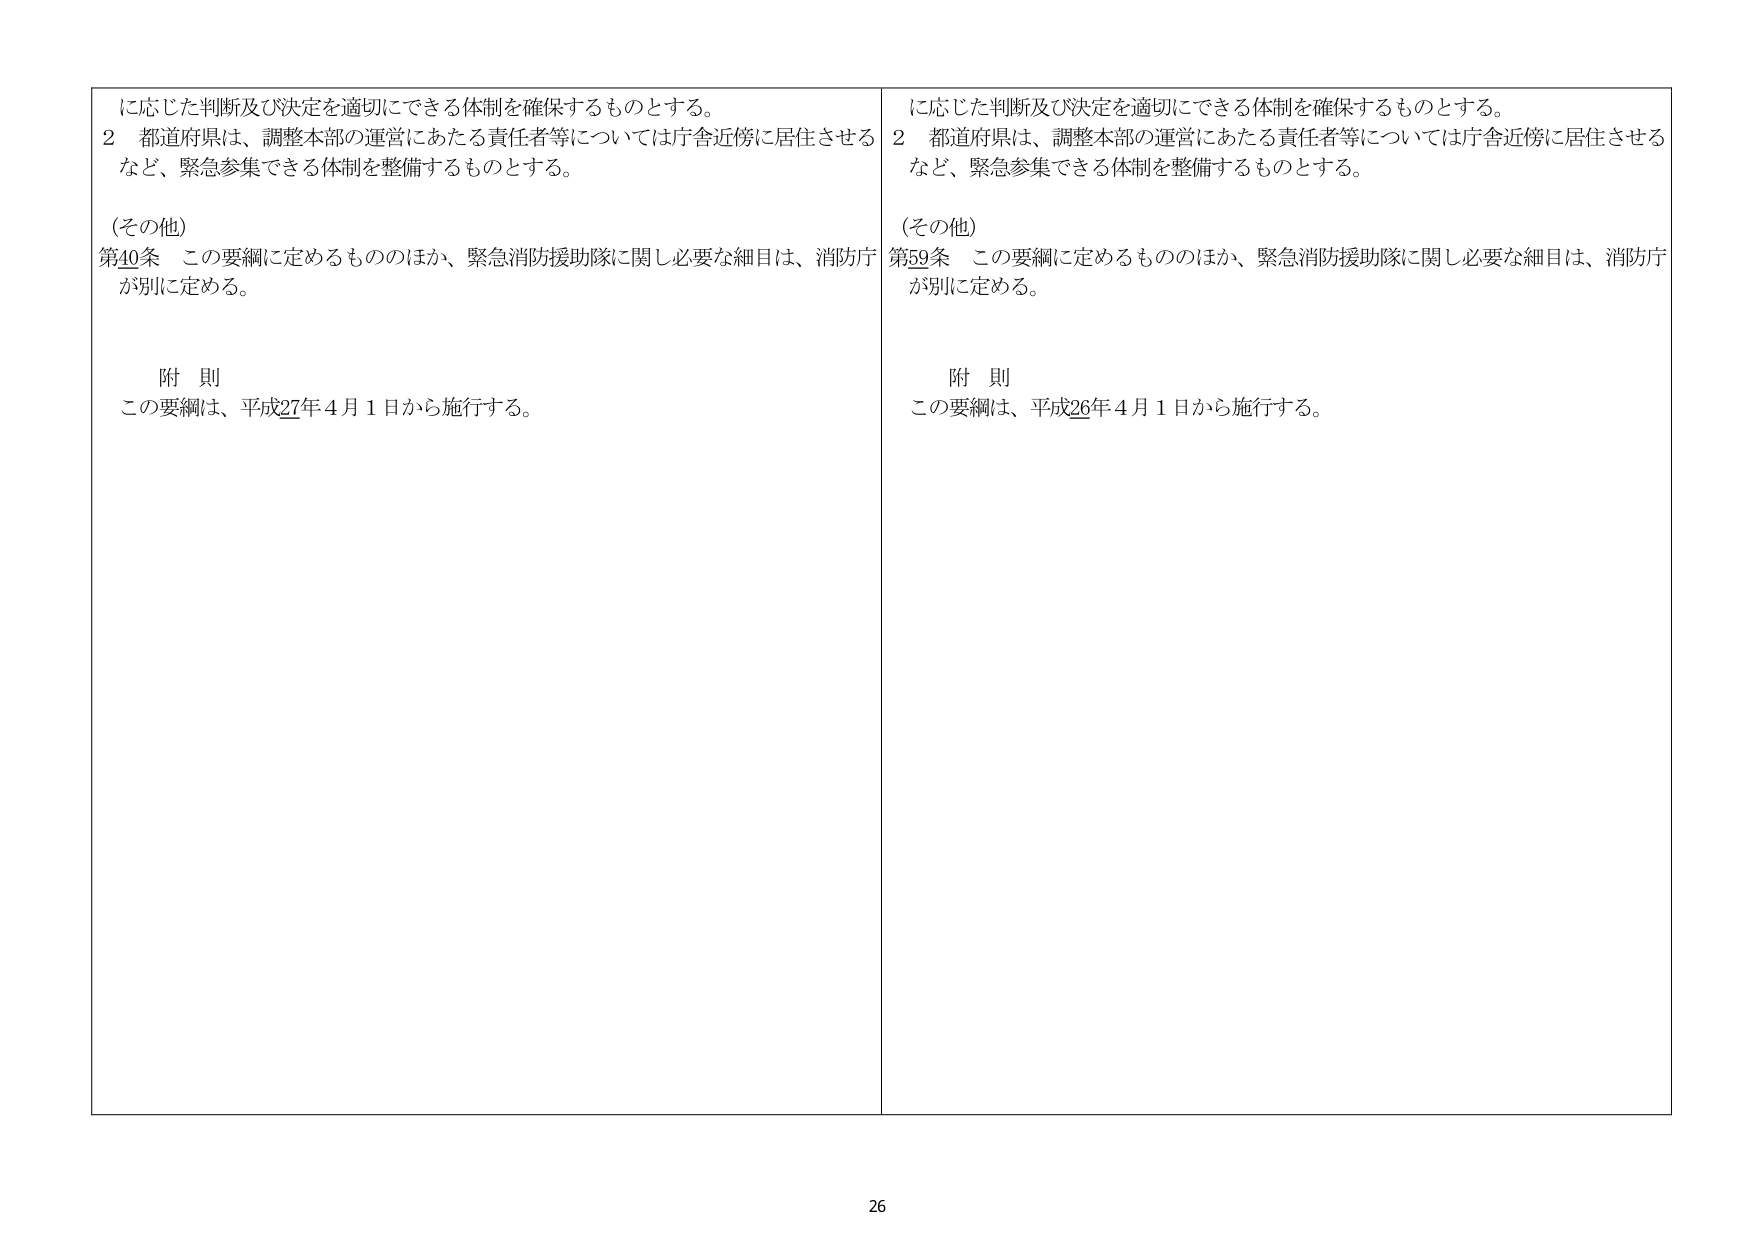
に応じた判断及び決定を適切にできる体制を確保するものとする。
２ 都道府県は、調整本部の運営にあたる責任者等については庁舎近傍に居住させる
など、緊急参集できる体制を整備するものとする。

（その他）
第40条 この要綱に定めるもののほか、緊急消防援助隊に関し必要な細目は、消防庁
が別に定める。

附 則
この要綱は、平成27年４月１日から施行する。

に応じた判断及び決定を適切にできる体制を確保するものとする。
２ 都道府県は、調整本部の運営にあたる責任者等については庁舎近傍に居住させる
など、緊急参集できる体制を整備するものとする。

（その他）
第59条 この要綱に定めるもののほか、緊急消防援助隊に関し必要な細目は、消防庁
が別に定める。

附 則
この要綱は、平成26年４月１日から施行する。

26